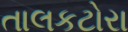
તાલકટોરા